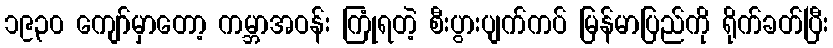
၁၉၃၀ ကျော်မှာတော့ ကမ္ဘာအဝန်း ကြုံရတဲ့ စီးပွားပျက်ကပ် မြန်မာပြည်ကို ရိုက်ခတ်ပြီး